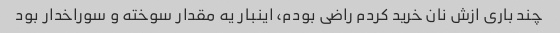
چند باری ازش نان خرید کردم راضی بودم، اینبار یه مقدار سوخته و سوراخدار بود